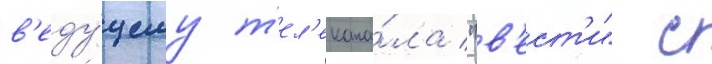
в'еду́щему т'ел'екана́ла "в'ест'и" с